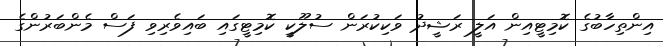
އިންތިހާބުގެ ކޮމިޓީއިން އަލީ ރަޝީދު ވަކިކުރަން ސުލޫކީ ކޮމިޓީގައި ބައިވެރިވި ފަސް މެންބަރުންގެ